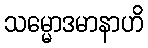
သမ္မောဒမာနာဟိ